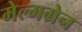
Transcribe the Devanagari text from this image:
मेल्मग्रेन